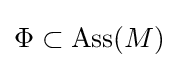
\Phi \subset \operatorname {Ass} (M)